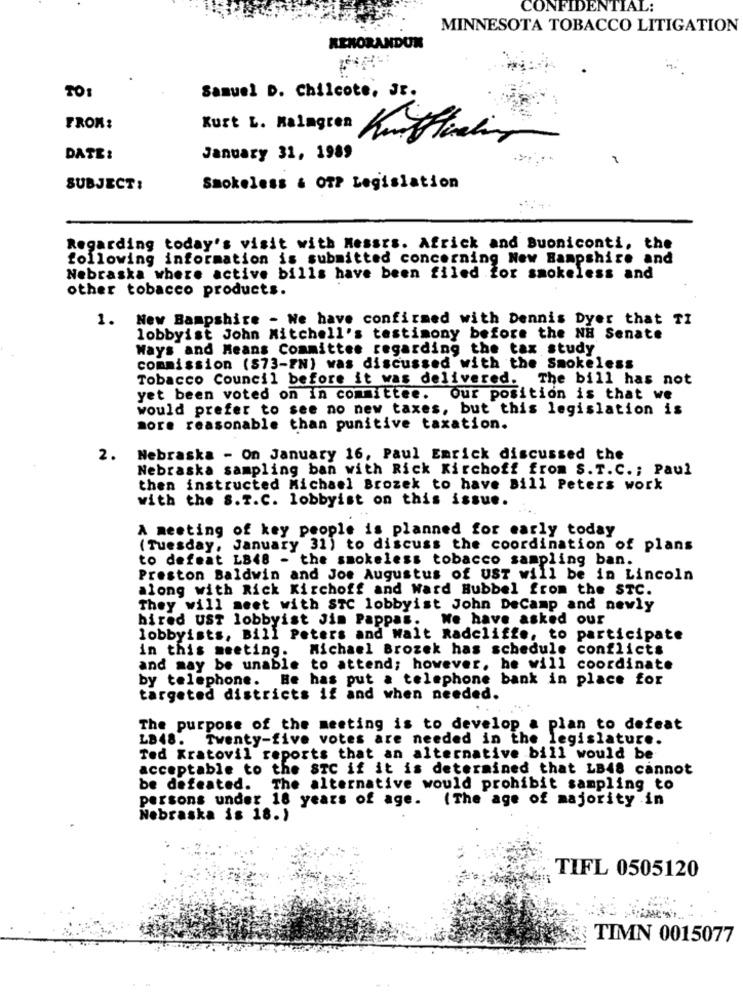
CONFIDENTIAL:
MINNESOTA TOBACCO LITIGATION
REKORANDUN
TO:
Samuel D. Chilcote, JE.
FROM:
Kurt L. Malagren
DATE:
January 31, 1989
SUBJECT:
Smokeless & OTP Legislation
Regarding today's visit with Messrs. Africk and Buoniconti, the
following information is submitted concerning New Hampshire and
Nebraska where active bills have been filed for smokeless and
other tobacco products.
1.
New Bampshire - We have confirmed with Dennis Dyer that TI
lobbyist John Mitchell's testimony before the NH Senate
Ways and Means Committee regarding the tax study
commission ($73-FN) was discussed with the Smokeless
Tobacco Council before it was delivered. The bill has not
yet been voted on in committee. Our position is that we
would prefer to see no new taxes, but this legislation is
more reasonable than punitive taxation.
2. Nebraska - On January 16, Paul Emrick discussed the
Nebraska sampling ban with Rick Kirchoff from S.T.C .; Paul
then instructed Michael Brozek to have Bill Peters work
with the S. T.C. lobbyist on this issue.
A meeting of key people is planned for early today
(Tuesday, January 31) to discuss the coordination of plans
to defeat L848 - the smokeless tobacco sampling ban.
Preston Baldwin and Joe Augustus of UST will be in Lincoln
along with Rick Kirchoff and Ward Bubbel from the STC.
They will meet with STC lobbyist John DeCamp and newly
hired ust lobbyist Jim Pappas.
We have asked our
lobbyists, Bill Peters and Walt Radcliffe, to participate
in this meeting.
Michael Brozek has schedule conflicts
and may be unable to attend; however, he will coordinate
by telephone. He has put a telephone bank in place for
targeted districts if and when needed.
The purpose of the meeting is to develop a plan to defeat
LB48. Twenty-five votes are needed in the legislature.
Ted Kratovil reports that an alternative bill would be
acceptable to the STC if it is determined that LB48 cannot
be defeated. The alternative would prohibit sampling to
persons under 18 years of age. (The age of majority in
Nebraska is 18.)
TIFL 0505120
TIMN 0015077